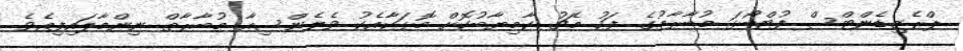
ޕްރެޒިޑެންޓްސް ފުޓްބޯޅަ މުބާރާތުގެ ފަހު މެޗު ކާމިޔާބުކޮށް މޮޅަކާއެކު ވެލެންސިއާ މުބާރާތް ނިންމާލައިފިއެވެ.